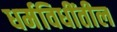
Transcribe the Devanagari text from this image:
धर्मविधींतील